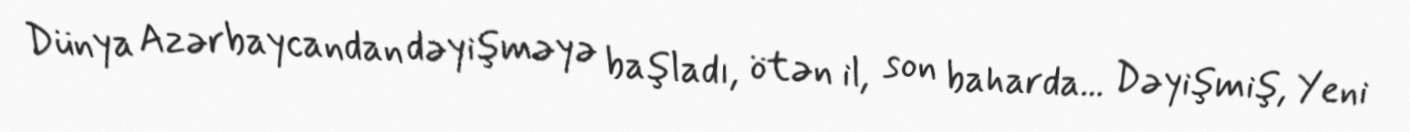
Dünya Azərbaycandan dəyişməyə başladı, ötən il, son baharda... Dəyişmiş, Yeni